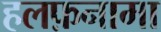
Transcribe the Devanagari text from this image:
हलफ़नामा